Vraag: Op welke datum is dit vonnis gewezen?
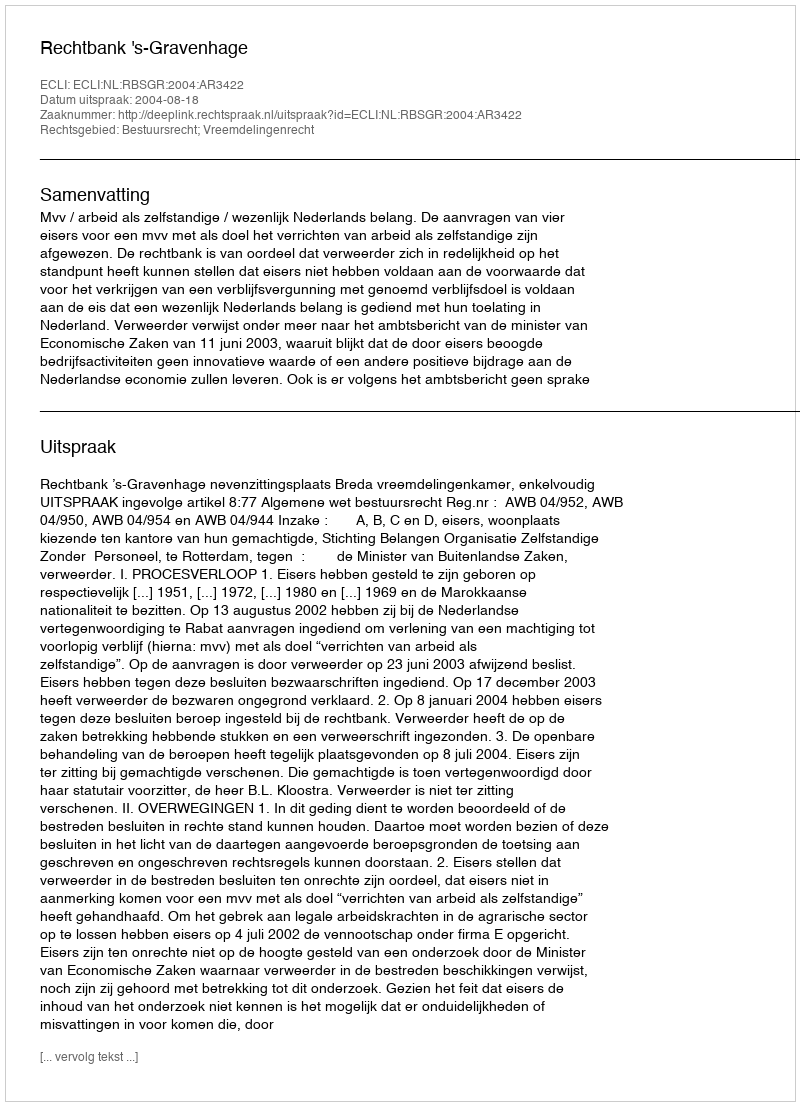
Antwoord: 2004-08-18